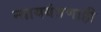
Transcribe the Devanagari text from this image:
न्याययंत्रणाही